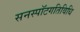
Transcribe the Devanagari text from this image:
सनस्पॉटगतिविधि